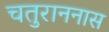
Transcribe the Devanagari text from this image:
चतुराननास